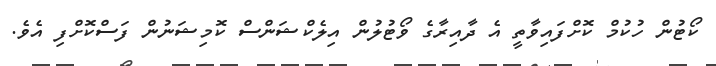
ކޯޓުން ހުކުމް ކޮށްފައިވާތީ އެ ދާއިރާގެ ވޯޓުލުން އިލެކްޝަންސް ކޮމިޝަނުން ފަސްކޮށްފި އެވެ.